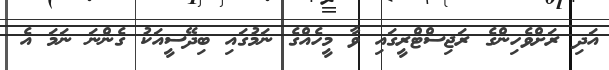
އަދި ރަށްވެހިންގެ ރަޖިސްޓްރީގައި ވާ މީހެއްގެ ނަމުގައި ބިދޭސީއަކު ގެންނަ ނަމަ އެ